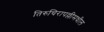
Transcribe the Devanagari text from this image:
तिरुचिरापल्लीमधील